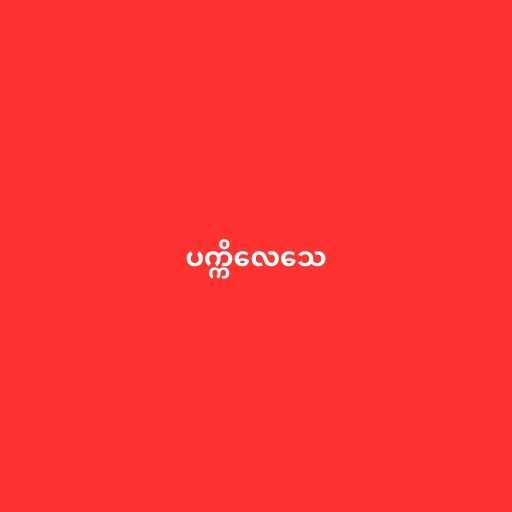
ပက္ကိလေသေ